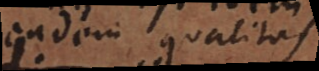
eadem qualitas